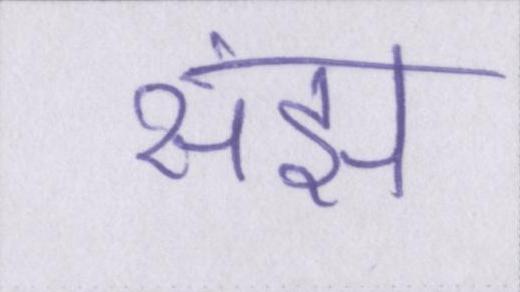
संझ